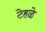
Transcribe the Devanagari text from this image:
टेहळे